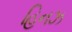
હિનઝ